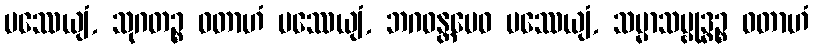
ပဿေယျံ, သုဂတဉ္စ ဝတာဟံ ပဿေယျံ, ဘဂဝန္တမေဝ ပဿေယျံ, သမ္မာသမ္ဗုဒ္ဓဉ္စ ဝတာဟံ